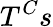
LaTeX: T^{C}s